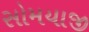
સોમયાજી